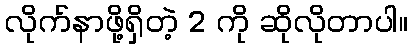
လိုက်နာဖို့ရှိတဲ့ 2 ကို ဆိုလိုတာပါ။